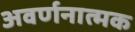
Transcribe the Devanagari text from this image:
अवर्णनात्मक